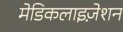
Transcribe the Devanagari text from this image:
मेडिकलाइज़ेशन